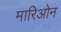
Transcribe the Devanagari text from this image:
मारिओन